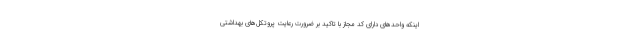
اینکه واحدهای دارای کد مجاز با تاکید بر ضرورت رعایت پروتکل‌های بهداشتی